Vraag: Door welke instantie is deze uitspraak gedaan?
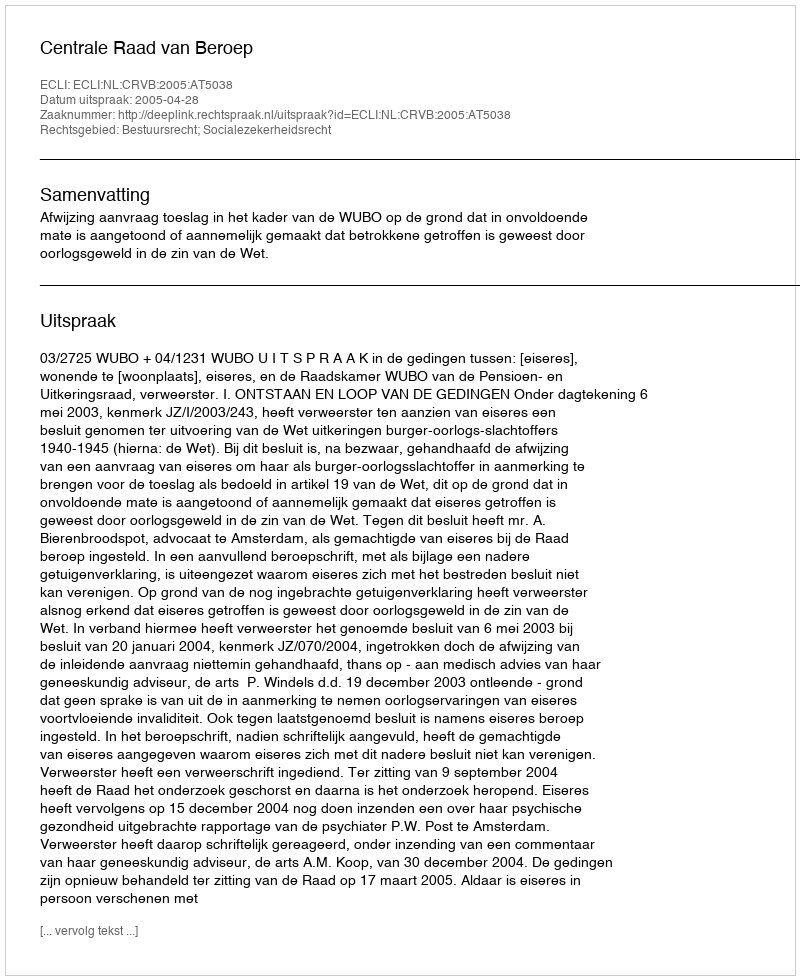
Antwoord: Centrale Raad van Beroep